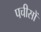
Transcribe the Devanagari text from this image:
पचीसों